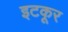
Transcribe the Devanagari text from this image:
इटकूर